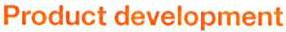
Product development